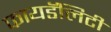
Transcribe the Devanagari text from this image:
फायडॅलिटी